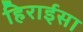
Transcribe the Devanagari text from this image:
हिराईसा